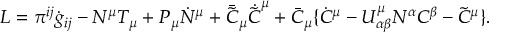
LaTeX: L = \pi ^ { i j } \dot { g } _ { i j } - N ^ { \mu } T _ { \mu } + P _ { \mu } \dot { N } ^ { \mu } + \bar { \tilde { C } } _ { \mu } \dot { \tilde { C } } ^ { \mu } + \bar { C } _ { \mu } \{ \dot { C } ^ { \mu } - U _ { \alpha \beta } ^ { \mu } N ^ { \alpha } C ^ { \beta } - \tilde { C } ^ { \mu } \} .